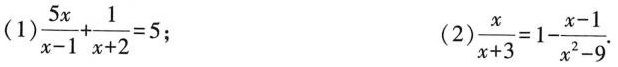
(1) $$\frac{5x}{x-1}+ \frac{1}{x+2}=5$$; (2)$$\frac{x}{x+3}=1- \frac{x-1}{x^{2}-9}$$.